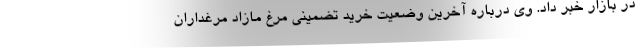
در بازار خبر داد. وی درباره آخرین وضعیت خرید تضمینی مرغ مازاد مرغداران